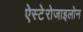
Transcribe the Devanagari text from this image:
ऐस्टेरोजाइलोन